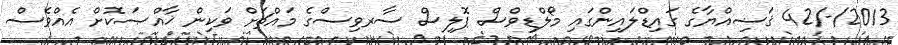
2013/-/42 ޤަޟިއްޔާގެ ގައިޑްލައިންގައި މޯލްޑިވްސް ޕޮލިސް ސާރވިސްގެ މައްޗަށް ވަކިން ޚާއްޞަކޮށް އެއްވެސް